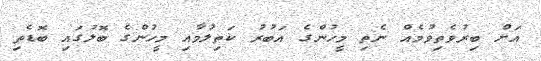
އަށް ބިރުވެތިވުމެއް ނެތި މީހުންގެ އަބުރު ކަތިލުމާއި މީހުންގެ ބޮލުގައި ބޮޑެތި